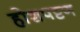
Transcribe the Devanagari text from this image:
होशपट्टण